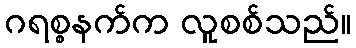
ဂရစ္စနက်က လူစစ်သည်။